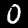
Digit: 0